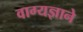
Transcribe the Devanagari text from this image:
वाग्यज्ञाने